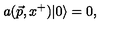
a ( \vec { p } , x ^ { + } ) \vert 0 \rangle = 0 ,